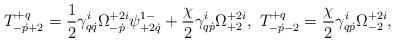
LaTeX: \begin{align*}T^{+q}_{-\dot p+2}=\frac12\gamma^i_{q\dot q}\Omega^{+2i}_{-\dot p}\psi^{1-}_{+2\dot q}+\frac{\chi}{2}\gamma^i_{q\dot p}\Omega^{+2i}_{+2},\ T^{+q}_{-\dot p-2}=\frac{\chi}{2}\gamma^i_{q\dot p}\Omega^{+2i}_{-2},\end{align*}